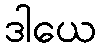
ဒါယေ